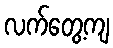
လက်တွေ့ကျ